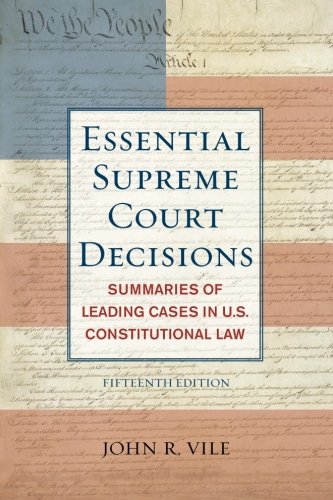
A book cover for Essential Supreme Court Decisions: Summaries of Leading Cases in U.S. Constitutional Law; John R. Vile; Law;